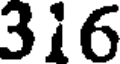
316